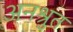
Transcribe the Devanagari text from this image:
अनश्रुत